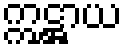
ဣဋ္ဌာယ